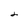
Character: 2